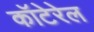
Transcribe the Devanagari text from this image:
कॉटेरेल